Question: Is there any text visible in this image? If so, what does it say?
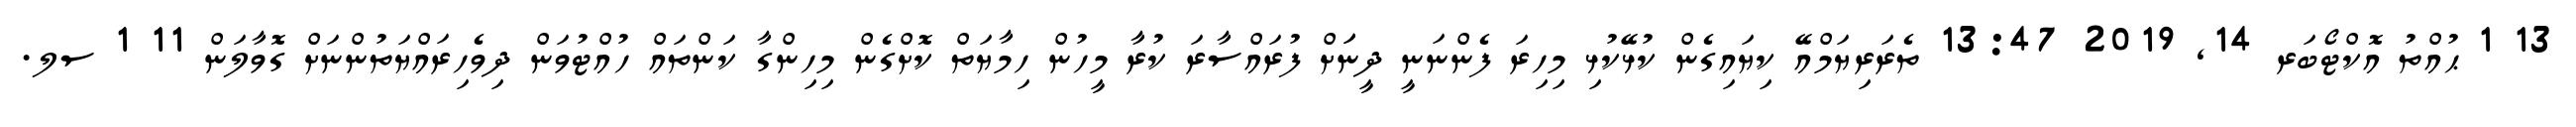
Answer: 13 1 ޙުއްތު އޮކްޓޯބަރ 14, 2019 13:47 ތެރަރިޔަމްއޭ ކިޔައިގެން ކުޅޭކުޅި މިހިރަ ފެންނަނީ ދީނަަށް ފުރައްސާރަ ކުރާ މީހުން ހިމާޔަތް ކޮށްގެން މިހިންގާ ކަންތައް ހުއްޓުވަން ދިވެހިރައްޔަތުންނަށް ގޮވާލަން 11 1 ސލ.